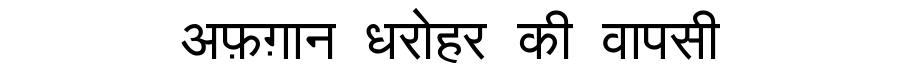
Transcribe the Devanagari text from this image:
अफ़ग़ान धरोहर की वापसी